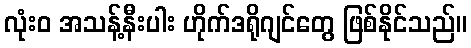
လုံးဝ အသန့်နီးပါး ဟိုက်ဒရိုဂျင်တွေ ဖြစ်နိုင်သည်။